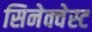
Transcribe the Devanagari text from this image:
सिनेक्वेस्ट